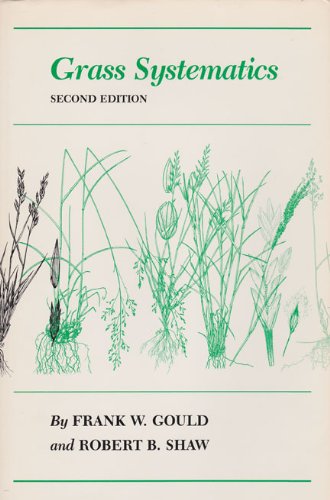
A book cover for Grass Systematics; Frank W. Gould; Science & Math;